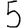
Digit: 5